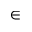
\in